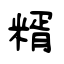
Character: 糈